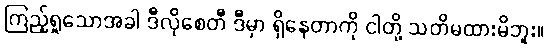
ကြည့်ရှုသောအခါ ဒီလိုစေတီ ဒီမှာ ရှိနေတာကို ငါတို့ သတိမထားမိဘူး။